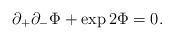
\begin{align*}\partial_+ \partial_- \Phi + \exp{2\Phi} = 0.\end{align*}